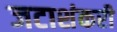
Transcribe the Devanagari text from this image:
जटाशंकरी